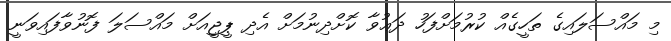
މި މައްސަލައިގެ ތަހީގެއް ކުރުމަށްފަހު ދަޢުވާ ކޮށްދިނުމަށް އެދި ޕީޖީއަށް މައްސަލަ ފޮނުވާފައިވަނީ